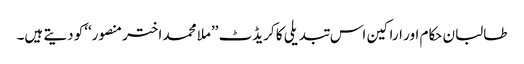
طالبان حکام اور اراکین اس تبدیلی کا کریڈٹ ’’ملا محمد اختر منصور‘‘کو دیتے ہیں۔